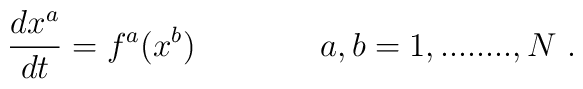
\frac{dx^a}{dt} = f^a(x^b)\ \,\ \ \ \ \ \ \ \ \ \ a,b = 1,........,N\ .